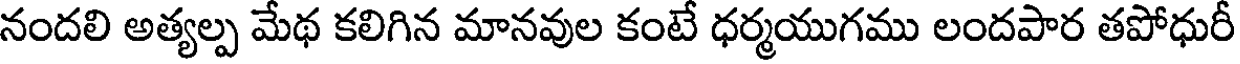
నందలి అత్యల్ప మేథ కలిగిన మానవుల కంటే ధర్మయుగము లందపార తపోధురీ